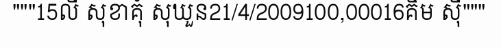
"""15លី សុខាគុំ សុឃួន21/4/2009100,00016គឹម ស៊ី"""